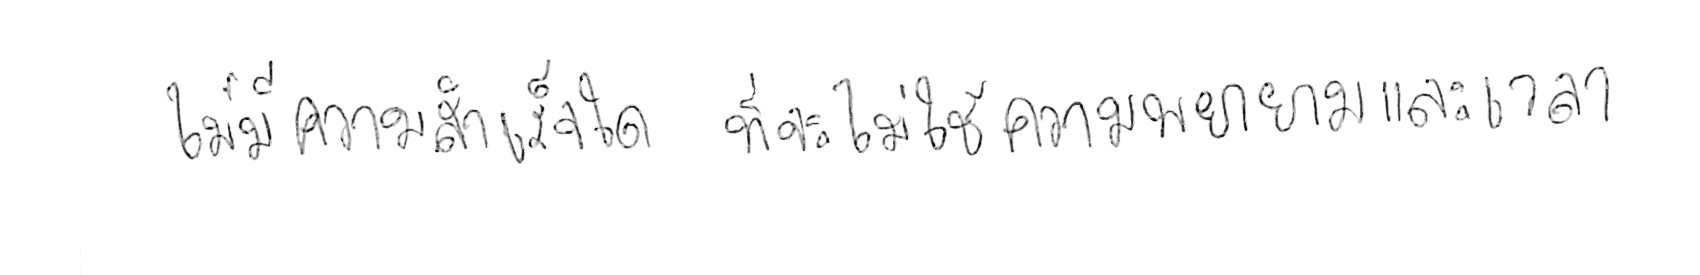
ไม่มีความสำเร็จใด ที่จะไม่ใช้ความพยายามและเวลา